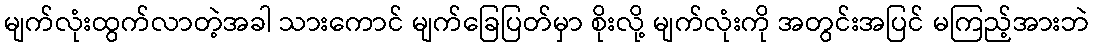
မျက်လုံးထွက်လာတဲ့အခါ သားကောင် မျက်ခြေပြတ်မှာ စိုးလို့ မျက်လုံးကို အတွင်းအပြင် မကြည့်အားဘဲ